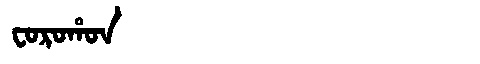
Manchu: ᠸᠣᡵᠣᡥᠣᠨ
Romanization: FOROHON